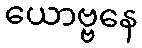
ယောဗ္ဗနေ